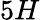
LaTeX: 5H